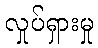
လှုပ်ရှားမှု